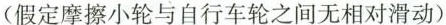
(假定摩擦小轮与自行车轮之间无相对滑动)